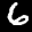
Label: 6